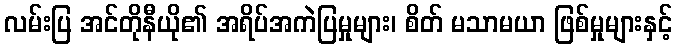
လမ်းပြ အင်တိုနီယို၏ အရိပ်အကဲပြမှုများ၊ စိတ် မသာမယာ ဖြစ်မှုများနှင့်